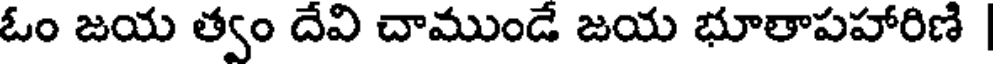
ఓం జయ త్వం దేవి చాముండే జయ భూతాపహారిణి |